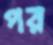
পর